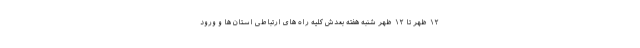
۱۲ ظهر تا ۱۲ ظهر شنبه هفته بعدش کلیه راه های ارتباطی استان ها و ورود